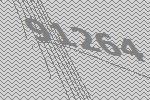
91264